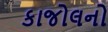
કાજોલનો